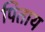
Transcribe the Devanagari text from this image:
पिताय